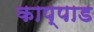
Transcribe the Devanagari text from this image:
काप्पाड